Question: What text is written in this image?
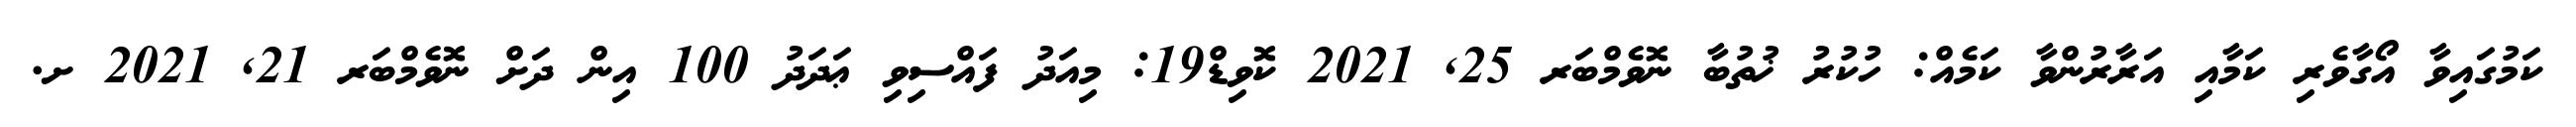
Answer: ކަމުގައިވާ އޯގާވެރި ކަމާއި އަރާރުންވާ ކަމެއް: ހުކުރު ޚުތުބާ ނޮވެމްބަރ 25, 2021 ކޮވިޑް19: މިއަދު ފައްސިވި ޢަދަދު 100 އިން ދަށް ނޮވެމްބަރ 21, 2021 ށ.